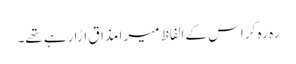
رہ رہ کر اس کے الفاظ میرا مذاق اڑا رہے تھے۔